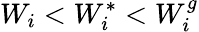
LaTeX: W_{i}<W_{i}^{*}<W_{i}^{g}